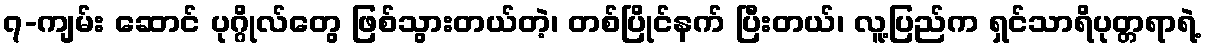
၇-ကျမ်း ဆောင် ပုဂ္ဂိုလ်တွေ ဖြစ်သွားတယ်တဲ့၊ တစ်ပြိုင်နက် ပြီးတယ်၊ လူ့ပြည်က ရှင်သာရိပုတ္တရာရဲ့